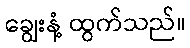
ချွေးနံ့ ထွက်သည်။